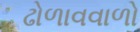
ઢોળાવવાળો